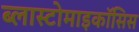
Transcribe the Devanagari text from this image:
ब्लास्टोमाइकॉसिस